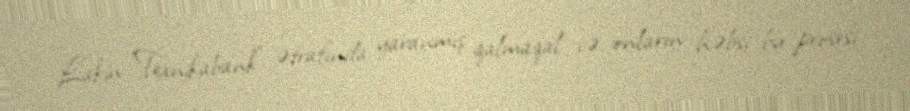
Lakin "Texnikabank" ətrafında yaranmış qalmaqal və onların həbsi bu prosesi